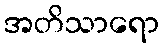
အတိသာရော